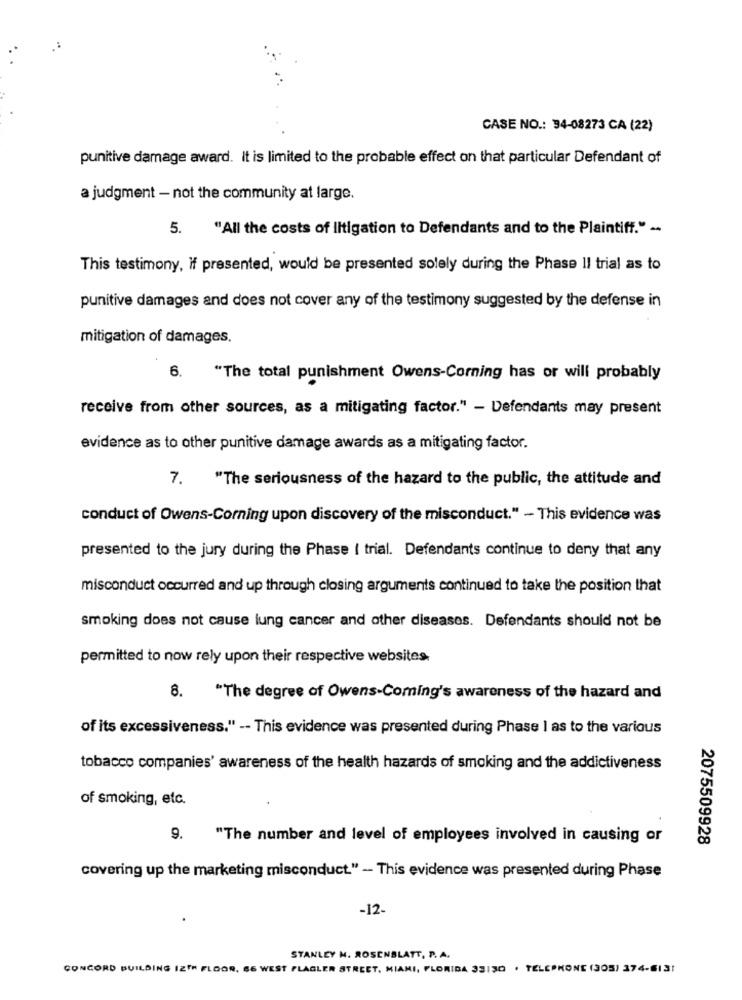
CASE NO .: 34-08273 CA (22)
punitive damage award. it is limited to the probable effect on that particular Defendant of
a judgment - not the community at large.
5. "All the costs of litigation to Defendants and to the Plaintiff." -
This testimony, If presented, would be presented solely during the Phase Il trial as to
punitive damages and does not cover any of the testimony suggested by the defense in
mitigation of damages.
6. "The total punishment Owens-Corning has or will probably
receive from other sources, as a mitigating factor." - Defendants may present
evidence as to other punitive damage awards as a mitigating factor.
7.
"The seriousness of the hazard to the public, the attitude and
conduct of Owens-Corning upon discovery of the misconduct." - This evidence was
presented to the jury during the Phase ( trial. Defendants continue to deny that any
misconduct occurred and up through closing arguments continued to take the position that
smoking does not cause lung cancer and other diseases. Defendants should not be
permitted to now rely upon their respective websites.
8. "The degree of Owens-Coming's awareness of the hazard and
of its excessiveness." -- This evidence was presented during Phase I as to the various
tobacco companies' awareness of the health hazards of smoking and the addictiveness
of smoking, etc.
9.
"The number and level of employees involved in causing or
2075509928
covering up the marketing misconduct." - This evidence was presented during Phase
-12-
STANLEY H. ROSENBLATT, P. A.
CONCORD BUILDING IZTH FLOOR, 66 WEST FLAGLER STREET, MIAMI, FLORIDA 33130 . TELEPHONE (305) 374-613!